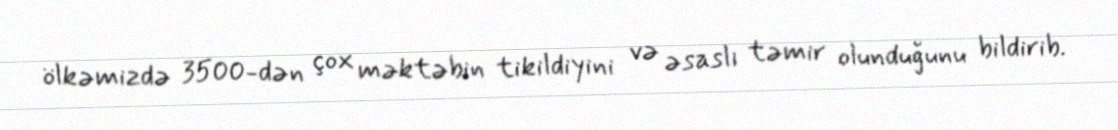
ölkəmizdə 3500-dən çox məktəbin tikildiyini və əsaslı təmir olunduğunu bildirib.